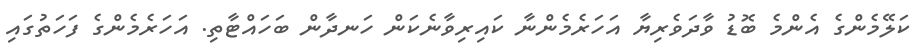
ކަލޭމެންގެ އެންމެ ބޮޑު ވާދަވެރިޔާ އަހަރެމެންނާ ކައިރިވާނެކަން ހަނދާން ބަހައްޓާތި. އަހަރެމެންގެ ފަހަަތުގައި